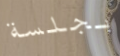
بجلسة